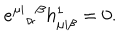
e ^ { \mu | } { } _ { \alpha } { } ^ { \beta } h _ { \mu | \beta } ^ { 1 } = 0 .